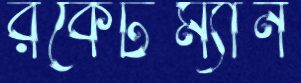
রকেটম্যান